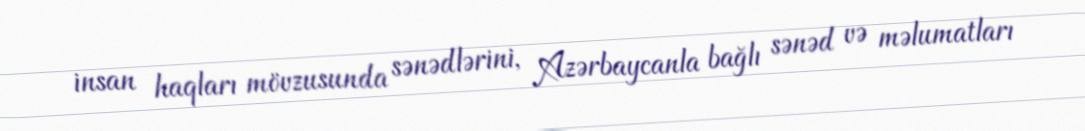
insan haqları mövzusunda sənədlərini, Azərbaycanla bağlı sənəd və məlumatları